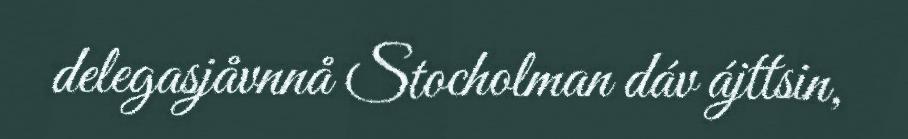
delegasjåvnnå Stocholman dáv ájttsin,